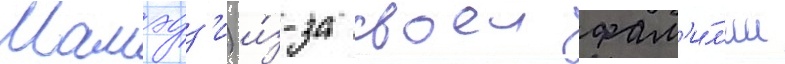
Мамэдз'и) и́з-за своеи фам'и́л'ии